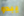
يبدو